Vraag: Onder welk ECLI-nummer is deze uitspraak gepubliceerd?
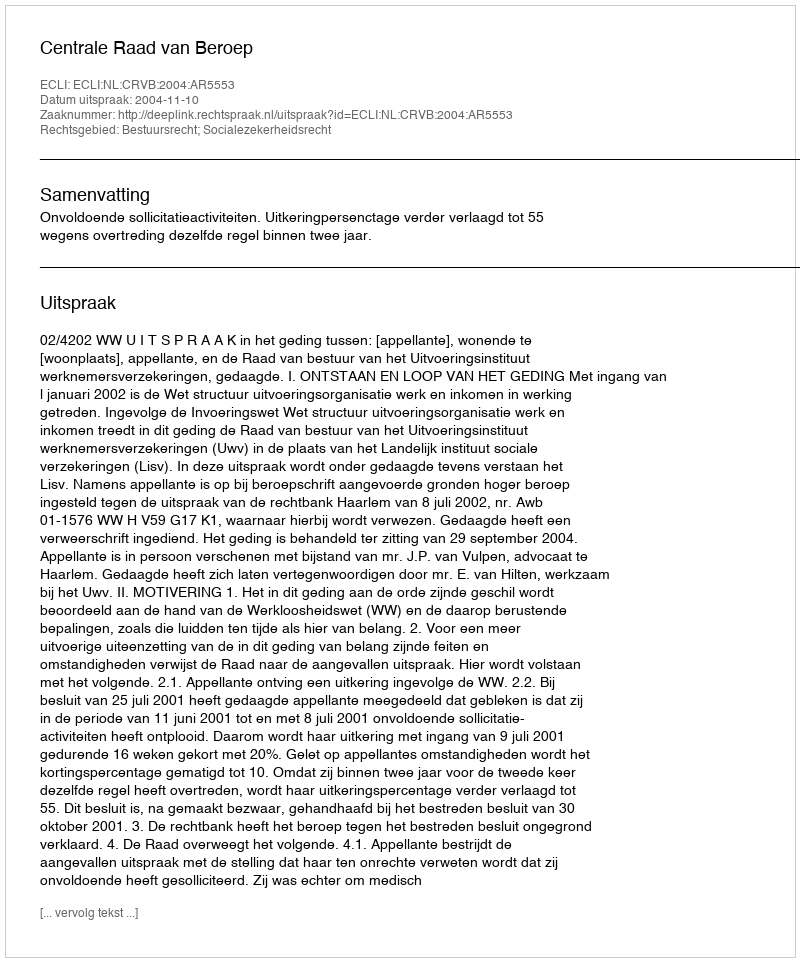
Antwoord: ECLI:NL:CRVB:2004:AR5553